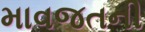
માવજતની